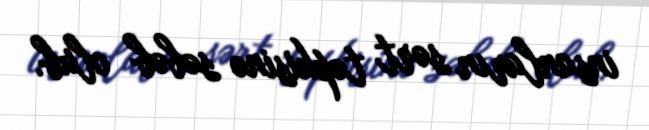
insanların sərt təpkisinə səbəb olub.